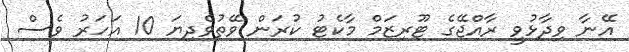
އޭނާ ވިދާޅުވީ ރާއްޖޭގެ ޓޫރިޒަމް މާކެޓު ކުރަން ވޭތުވެދިޔަ 10 އަހަރު ވެސް